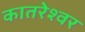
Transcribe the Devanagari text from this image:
कातरेश्वर